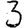
Digit: 3